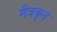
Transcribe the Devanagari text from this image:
मैत्रकृत